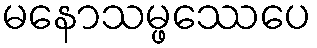
မနောသမ္ဖဿေပေ